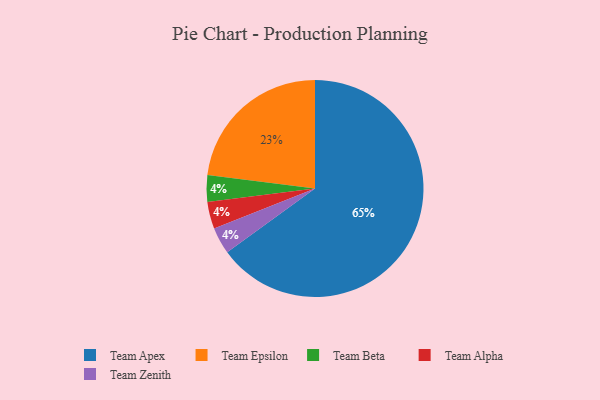
{"axis": {"x": "Category", "y": "Percentage"}, "legend": ["Team Alpha", "Team Apex", "Team Beta", "Team Epsilon", "Team Zenith"], "data": [{"x": "Team Beta", "y": 4, "type": "Team Beta"}, {"x": "Team Apex", "y": 65, "type": "Team Apex"}, {"x": "Team Alpha", "y": 4, "type": "Team Alpha"}, {"x": "Team Zenith", "y": 4, "type": "Team Zenith"}, {"x": "Team Epsilon", "y": 23, "type": "Team Epsilon"}]}